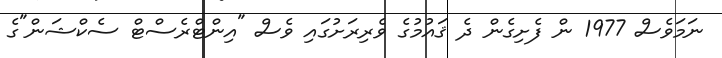
ނަމަވެސް 1977 ން ފެށިގެން ދެ ޤައުމުގެ ވެރިރަށުގައި ވެސް "އިންޓްރެސްޓް ސެކްޝަން"ގެ